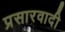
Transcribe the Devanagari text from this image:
प्रसारवादी